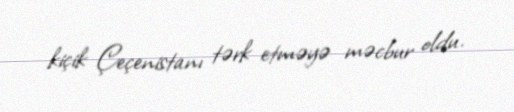
kiçik Çeçenistanı tərk etməyə məcbur oldu.